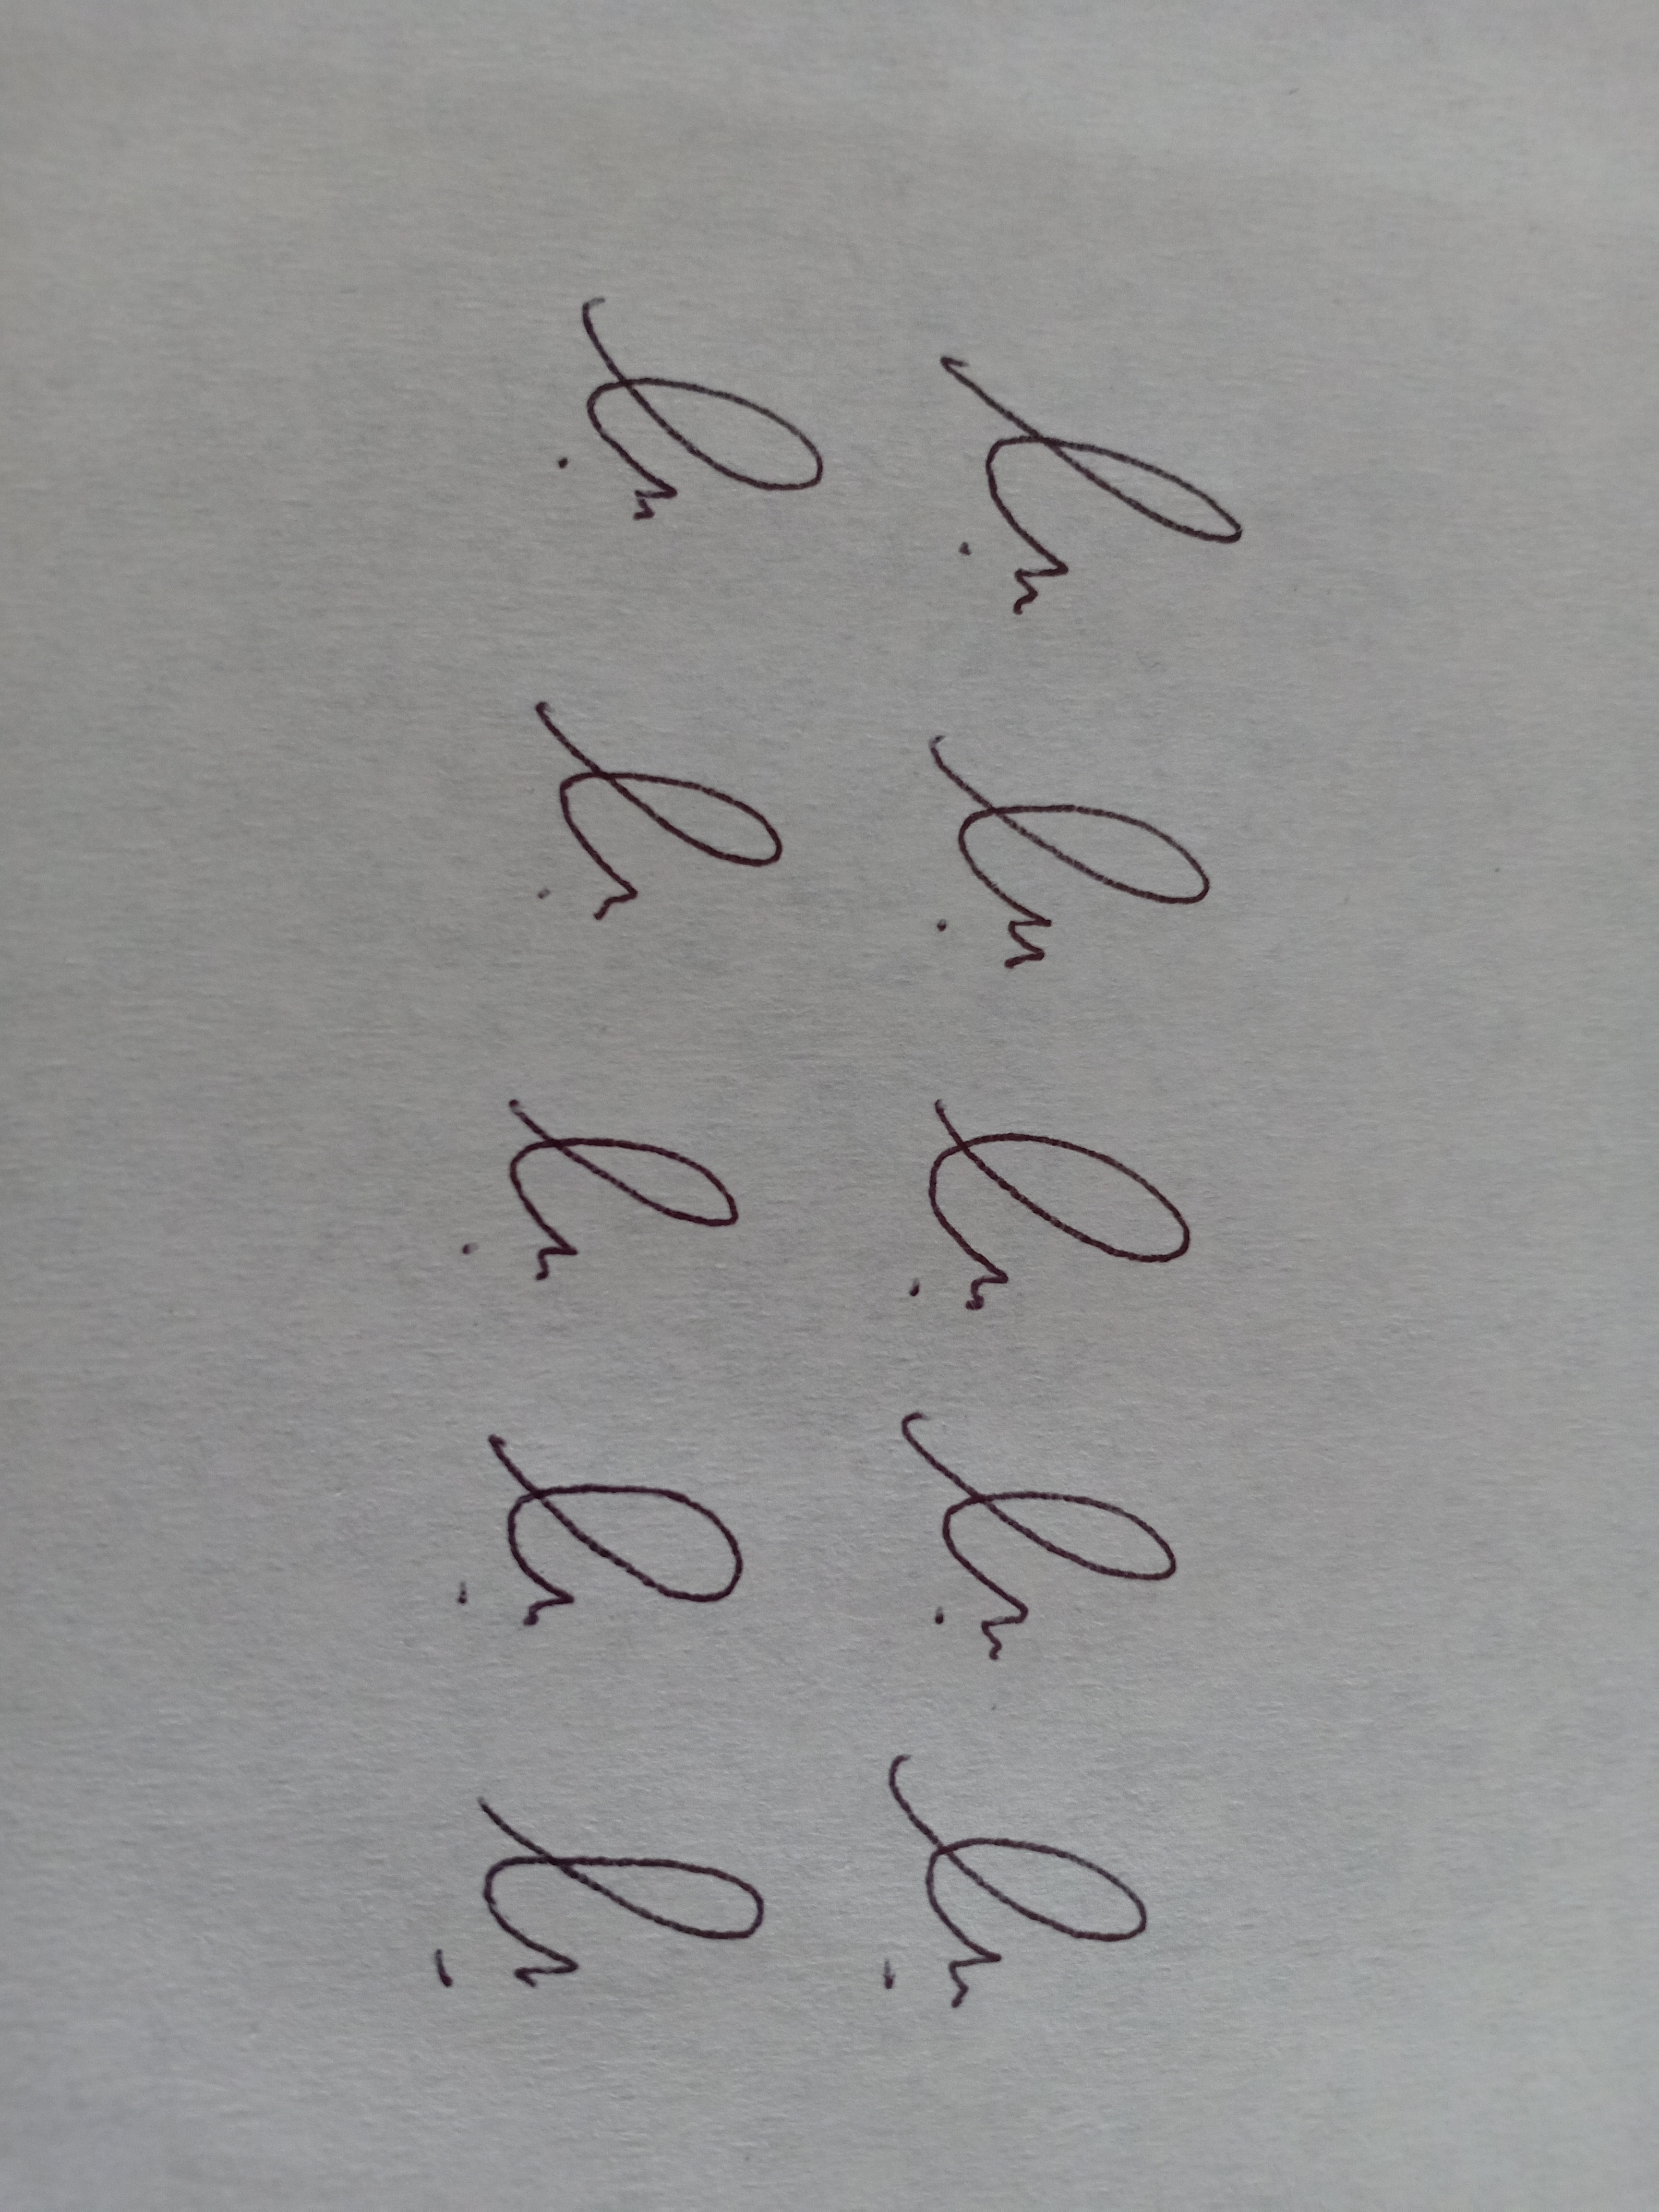
Signature authenticity: forged